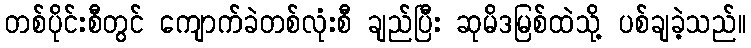
တစ်ပိုင်းစီတွင် ကျောက်ခဲတစ်လုံးစီ ချည်ပြီး ဆုမိဒမြစ်ထဲသို့ ပစ်ချခဲ့သည်။